Scientific memoirs by medical officers of the Army of India - Part X,
Year: 1897
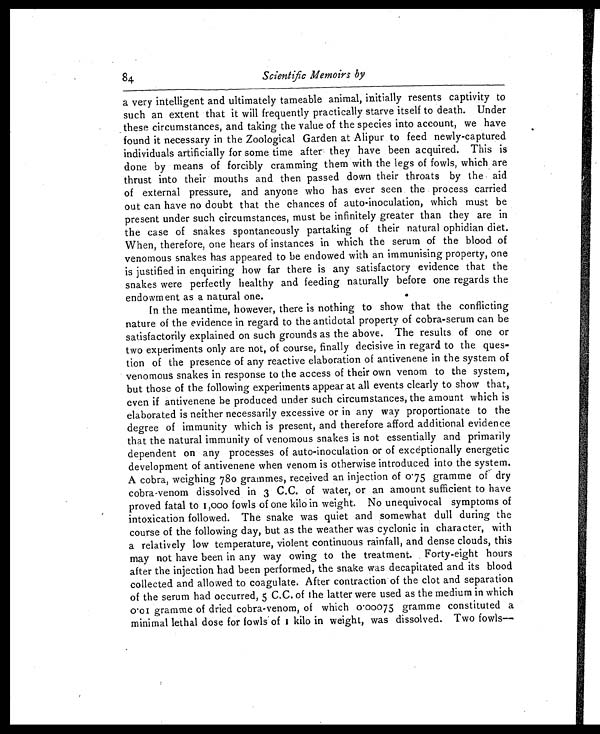
84
Scientific Memoirs by
a very intelligent and ultimately tameable animal, initially resents captivity to
such an extent that it will frequently practically starve itself to death. Under
these circumstances, and taking the value of the species into account, we have
found it necessary in the Zoological Garden at Alipur to feed newly-captured
individuals artificially for some time after they have been acquired. This is
done by means of forcibly cramming them with the legs of fowls, which are
thrust into their mouths and then passed down their throats by the aid
of external pressure, and anyone who has ever seen the process carried
out can have no doubt that the chances of auto-inoculation, which must be
present under such circumstances, must be infinitely greater than they are in
the case of snakes spontaneously partaking of their natural ophidian diet.
When, therefore, one hears of instances in which the serum of the blood of
venomous snakes has appeared to be endowed with an immunising property, one
is justified in enquiring how far there is any satisfactory evidence that the
snakes were perfectly healthy and feeding naturally before one regards the
endowment as a natural one.
In the meantime, however, there is nothing to show that the conflicting
nature of the evidence in regard to the antidotal property of cobra-serum can be
satisfactorily explained on such grounds as the above. The results of one or
two experiments only are not, of course, finally decisive in regard to the ques-
tion of the presence of any reactive elaboration of antivenene in the system of
venomous snakes in response to the access of their own venom to the system,
but those of the following experiments appear at all events clearly to show that,
even if antivenene be produced under such circumstances, the amount which is
elaborated is neither necessarily excessive or in any way proportionate to the
degree of immunity which is present, and therefore afford additional evidence
that the natural immunity of venomous snakes is not essentially and primarily
dependent on any processes of auto-inoculation or of exceptionally energetic
development of antivenene when venom is otherwise introduced into the system.
A cobra, weighing 780 grammes, received an injection of 0.75 gramme of dry
cobra-venom dissolved in 3 C.C. of water, or an amount sufficient to have
proved fatal to 1,000 fowls of one kilo in weight. No unequivocal symptoms of
intoxication followed. The snake was quiet and somewhat dull during the
course of the following day, but as the weather was cyclonic in character, with
a relatively low temperature, violent continuous rainfall, and dense clouds, this
may not have been in any way owing to the treatment. Forty-eight hours
after the injection had been performed, the snake was decapitated and its blood
collected and allowed to coagulate. After contraction of the clot and separation
of the serum had occurred, 5 C.C. of the latter were used as the medium in which
0.01 gramme of dried cobra-venom, of which 0.00075 gramme constituted a
minimal lethal dose for fowls of 1 kilo in weight, was dissolved. Two fowls
—